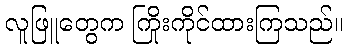
လူဖြူတွေက ကြိုးကိုင်ထားကြသည်။